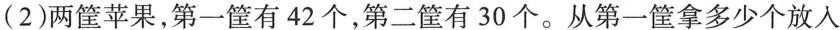
(2)两筐苹果，第一筐有42个，第二筐有30个。从第一筐拿多少个放入